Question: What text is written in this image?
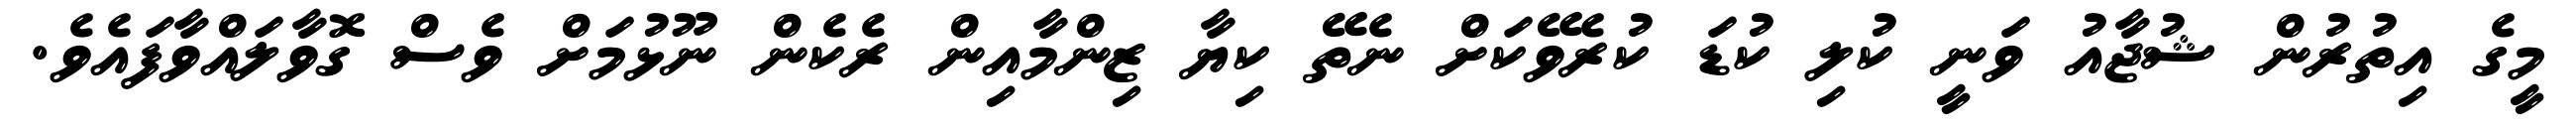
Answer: މީގެ އިތުރުން ޝުޖާއު ވަނީ ކުލި ކުޑަ ކުރެވޭކަށް ނެތޭ ކިޔާ ޒިންމާއިން ރެކެން ނޫޅުމަށް ވެސް ގޮވާލައްވާފައެވެ.